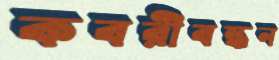
কবরীবন্ধন